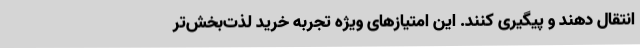
انتقال دهند و پیگیری کنند. این امتیازهای ویژه تجربه خرید لذت‌بخش‌تر